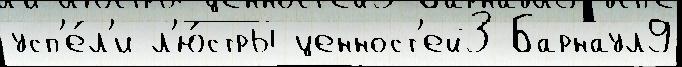
усп'е́л'и л'ю́стры ценност'ей3 Барнаул9